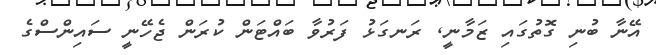
އޭނާ ބުނި ގޮތުގައި ޒަމާނީ